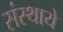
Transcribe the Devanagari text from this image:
संस्थाये